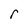
Character: r